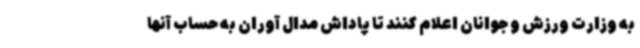
به وزارت ورزش و جوانان اعلام کنند تا پاداش مدال آوران به حساب آنها